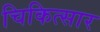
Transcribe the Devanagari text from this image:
चिकित्सार